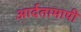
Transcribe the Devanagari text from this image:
आर्दतामापी